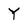
Character: Y